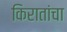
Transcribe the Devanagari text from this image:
किरातांचा